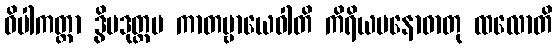
ဝိပါကတ္တာ ဒွိပဒုတ္တမ ကာတဗ္ဗာယေဝါတိ ကိရိယမနောဓာတု ထလောတိ